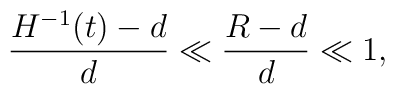
\frac{H^{-1}(t)-d}{d}\ll \frac{R-d}{d}\ll 1,